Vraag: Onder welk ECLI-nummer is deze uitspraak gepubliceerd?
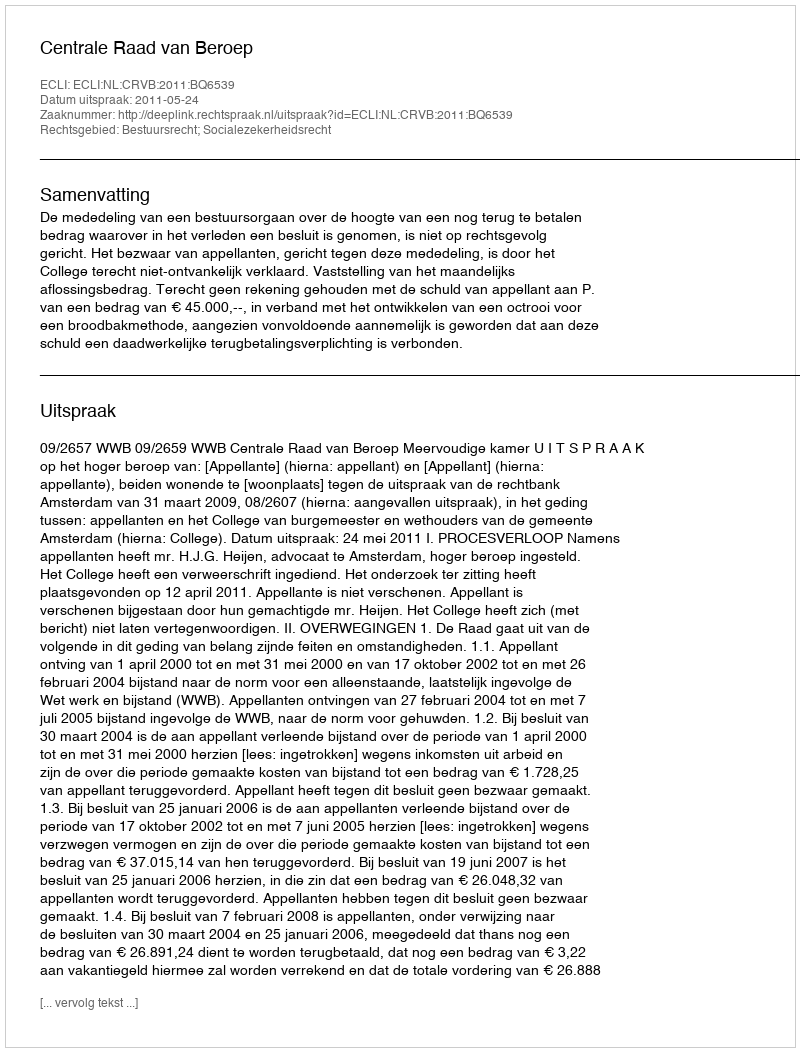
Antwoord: ECLI:NL:CRVB:2011:BQ6539